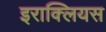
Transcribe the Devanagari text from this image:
इराक्लियस